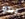
يبدو